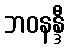
ဘဝနန္ဒီ